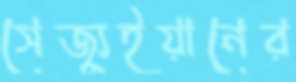
সেজ্যুইয়ানের